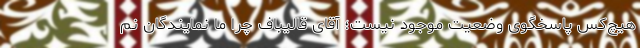
هیچ‌کس پاسخگوی وضعیت موجود نیست؛ آقای قالیباف چرا ما نمایندگان نم